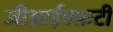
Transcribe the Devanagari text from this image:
जीआईएफ़टी